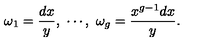
\omega _ { 1 } = \frac { d x } { y } , \ \cdots , \ \omega _ { g } = \frac { x ^ { g - 1 } d x } { y } .